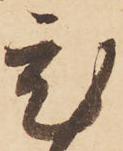
ひ